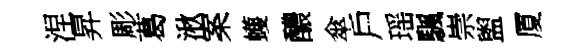
涅昇彫葛湫案蠖醲傘戶瑶颿崇盥厦